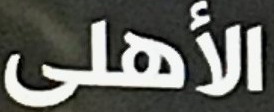
الأهلى